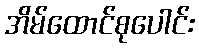
အိမ်ထောင်စုပေါင်း